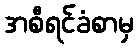
အစီရင်ခံစာမှ